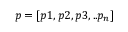
p = [ p 1 , p 2 , p 3 , . . p _ { n } ]